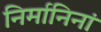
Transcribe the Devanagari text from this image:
निर्मानिनां